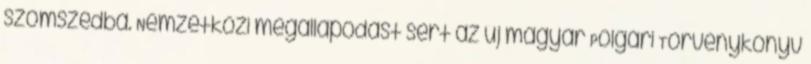
szomszédba. Nemzetközi megállapodást sért az új magyar Polgári Törvénykönyv